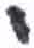
אות: י